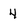
Character: 4